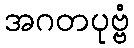
အဂတပုဗ္ဗံ